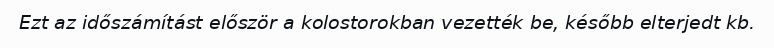
Ezt az időszámítást először a kolostorokban vezették be, később elterjedt kb.